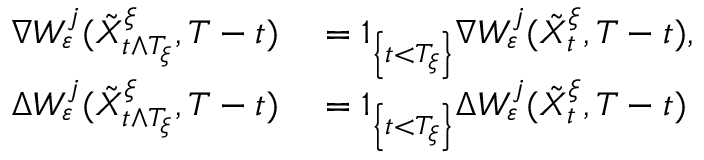
\begin{array} { r l } { \nabla W _ { \varepsilon } ^ { j } ( \tilde { X } _ { t \wedge T _ { \xi } } ^ { \xi } , T - t ) } & { { } = 1 _ { \left\{ t < T _ { \xi } \right\} } \nabla W _ { \varepsilon } ^ { j } ( \tilde { X } _ { t } ^ { \xi } , T - t ) , } \\ { \Delta W _ { \varepsilon } ^ { j } ( \tilde { X } _ { t \wedge T _ { \xi } } ^ { \xi } , T - t ) } & { { } = 1 _ { \left\{ t < T _ { \xi } \right\} } \Delta W _ { \varepsilon } ^ { j } ( \tilde { X } _ { t } ^ { \xi } , T - t ) } \end{array}